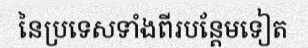
នៃប្រទេសទាំងពីរបន្តែមទៀត